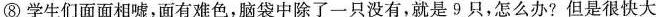
⑧学生们面面相嘘，面有难色，脑袋中除了一只没有，就是9只，怎么办?但是很快大